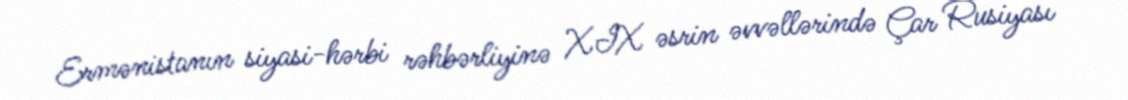
Ermənistanın siyasi-hərbi rəhbərliyinə XIX əsrin əvvəllərində Çar Rusiyası